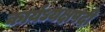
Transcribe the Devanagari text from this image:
कार्यध्यक्षपदी